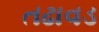
તઢાવડ